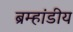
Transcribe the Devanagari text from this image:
ब्रम्हांडीय